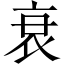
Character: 衰